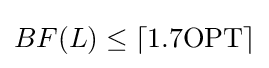
BF(L)\leq \lceil 1.7\mathrm {OPT} \rceil